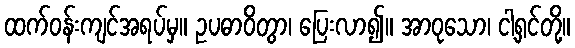
ထက်ဝန်းကျင်အရပ်မှ။ ဥပဓာဝိတွာ၊ ပြေးလာ၍။ အာဝုသော၊ ငါ့ရှင်တို့။